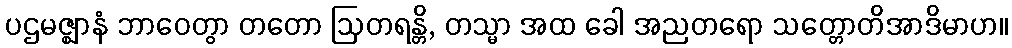
ပဌမဇ္ဈာနံ ဘာဝေတွာ တတော ဩတရန္တိ, တသ္မာ အထ ခေါ အညတရော သတ္တောတိအာဒိမာဟ။